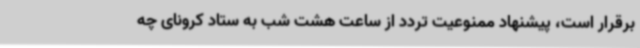
برقرار است، پیشنهاد ممنوعیت تردد از ساعت هشت شب به ستاد کرونای چه